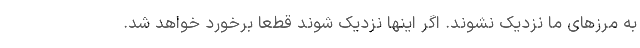
به مرزهای ما نزدیک نشوند. اگر اینها نزدیک شوند قطعا برخورد خواهد شد.